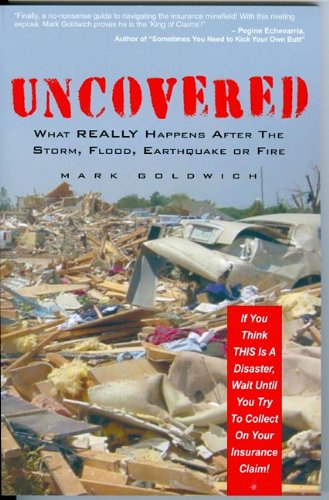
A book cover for Uncovered: What Really Happens After the Storm, Flood, Earthquake or Fire; Mark Goldwich; Business & Money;